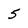
Character: 5